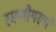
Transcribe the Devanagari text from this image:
रमणीयरूपं